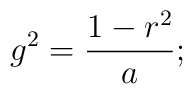
g^2 = {1 - r^2 \over a};